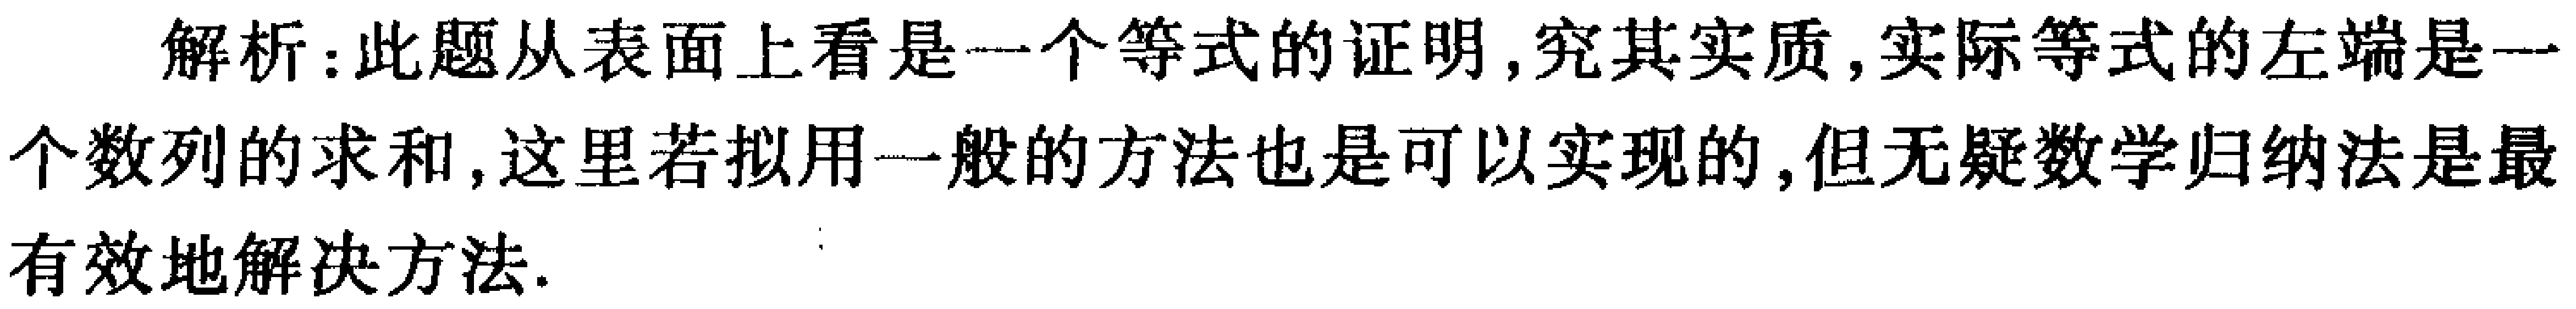
解析：此题从表面上看是一个等式的证明,究其实质,实际等式的左端是一个数列的求和,这里若拟用一般的方法也是可以实现的,但无疑数学归纳法是最有效地解决方法.